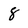
Character: 8